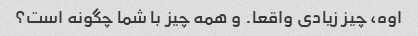
اوه، چیز زیادی واقعا. و همه چیز با شما چگونه است؟